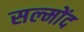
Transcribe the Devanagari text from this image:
सल्मोंद